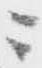
ニ